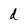
Character: d